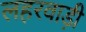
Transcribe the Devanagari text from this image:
लहरवाड़ी